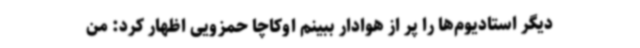
دیگر استادیوم‌ها را پر از هوادار ببینم اوکاچا حمزویی اظهار کرد: من